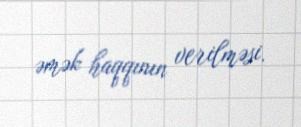
əmək haqqının verilməsi.